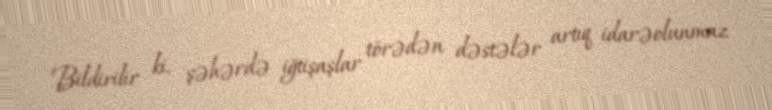
Bildirilir ki, şəhərdə iğtişaşlar törədən dəstələr artıq idarəolunmaz